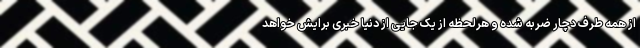
از همه طرف دچار ضربه شده و هرلحظه از یک جایی از دنیا خبری برایش خواهد